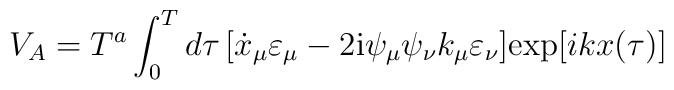
V_A=T^a\int_0^T d\tau\,\bigl[\dot x_{\mu}\varepsilon_{\mu}-2{\rm i}\psi_{\mu}\psi_{\nu}k_{\mu}\varepsilon_{\nu}\bigr]{\rm exp}[ikx({\tau})]